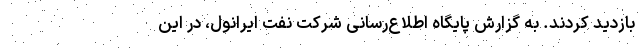
بازدید کردند. به گزارش پایگاه اطلاع‌رسانی شرکت نفت ایرانول، در این